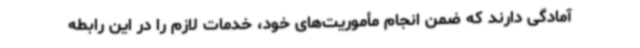
آمادگی دارند که ضمن انجام مأموریت‌های خود، خدمات لازم را در این رابطه